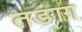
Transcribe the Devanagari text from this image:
तङाग